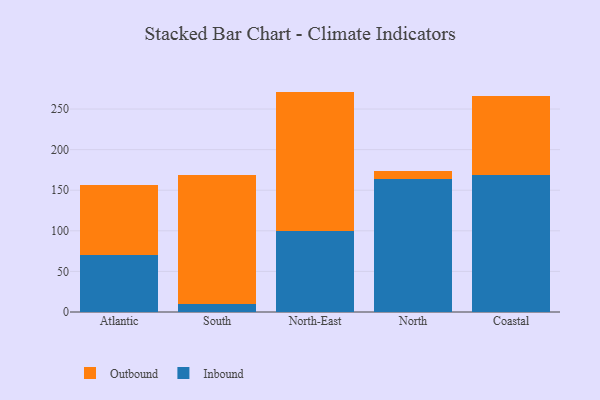
{"axis": {"x": "Region", "y": "Website Visitors"}, "legend": ["Inbound", "Outbound"], "data": [{"x": "Atlantic", "y": 70.2, "type": "Inbound"}, {"x": "Atlantic", "y": 85.9, "type": "Outbound"}, {"x": "South", "y": 9.8, "type": "Inbound"}, {"x": "South", "y": 159.1, "type": "Outbound"}, {"x": "North-East", "y": 99.2, "type": "Inbound"}, {"x": "North-East", "y": 172.3, "type": "Outbound"}, {"x": "North", "y": 163.6, "type": "Inbound"}, {"x": "North", "y": 9.7, "type": "Outbound"}, {"x": "Coastal", "y": 169.0, "type": "Inbound"}, {"x": "Coastal", "y": 96.9, "type": "Outbound"}]}